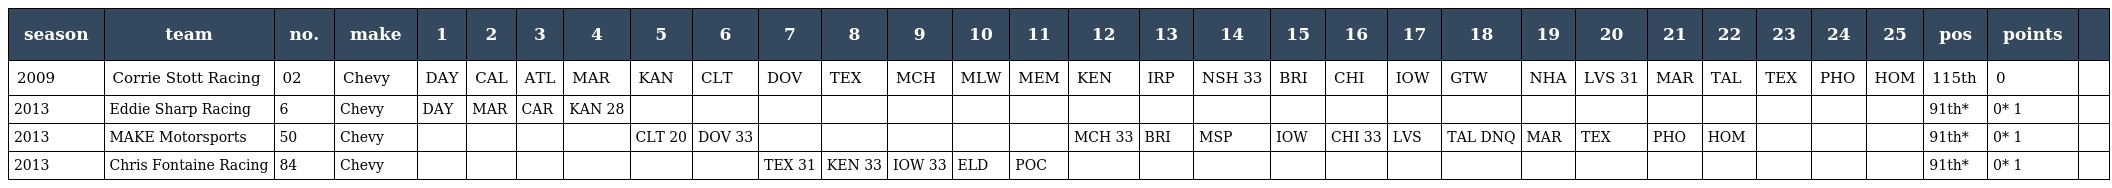
| season | team | no. | make | 1 | 2 | 3 | 4 | 5 | 6 | 7 | 8 | 9 | 10 | 11 | 12 | 13 | 14 | 15 | 16 | 17 | 18 | 19 | 20 | 21 | 22 | 23 | 24 | 25 | pos | points |  |
 | --- | --- | --- | --- | --- | --- | --- | --- | --- | --- | --- | --- | --- | --- | --- | --- | --- | --- | --- | --- | --- | --- | --- | --- | --- | --- | --- | --- | --- | --- | --- | --- |
 | 2009 | Corrie Stott Racing | 02 | Chevy | DAY | CAL | ATL | MAR | KAN | CLT | DOV | TEX | MCH | MLW | MEM | KEN | IRP | NSH 33 | BRI | CHI | IOW | GTW | NHA | LVS 31 | MAR | TAL | TEX | PHO | HOM | 115th | 0 |  |
 | 2013 | Eddie Sharp Racing | 6 | Chevy | DAY | MAR | CAR | KAN 28 |  |  |  |  |  |  |  |  |  |  |  |  |  |  |  |  |  |  |  |  |  | 91th* | 0* 1 |  |
 | 2013 | MAKE Motorsports | 50 | Chevy |  |  |  |  | CLT 20 | DOV 33 |  |  |  |  |  | MCH 33 | BRI | MSP | IOW | CHI 33 | LVS | TAL DNQ | MAR | TEX | PHO | HOM |  |  |  | 91th* | 0* 1 |  |
 | 2013 | Chris Fontaine Racing | 84 | Chevy |  |  |  |  |  |  | TEX 31 | KEN 33 | IOW 33 | ELD | POC |  |  |  |  |  |  |  |  |  |  |  |  |  |  | 91th* | 0* 1 |  |